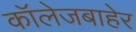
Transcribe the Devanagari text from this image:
कॉलेजबाहेर